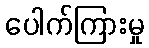
ပေါက်ကြားမှု